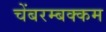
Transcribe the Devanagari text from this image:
चेंबरम्बक्कम